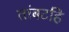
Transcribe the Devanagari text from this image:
तांबटहि